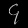
Digit: ၄